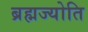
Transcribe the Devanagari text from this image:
ब्रह्मज्योति